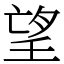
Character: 望